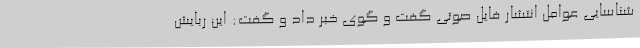
شناسایی عوامل انتشار فایل صوتی گفت و گوی خبر داد و گفت: این ربایش